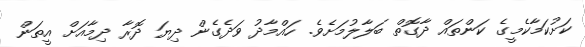
ކަށުކަމާކެމީގެ ކަންތައް ދާގޮތް ބަލާލުމަށެވެ. ހައްމާދު ވަދެގެން ދިޔަ ދޮރާ ދިމާއަށް އީތަން